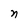
Character: n